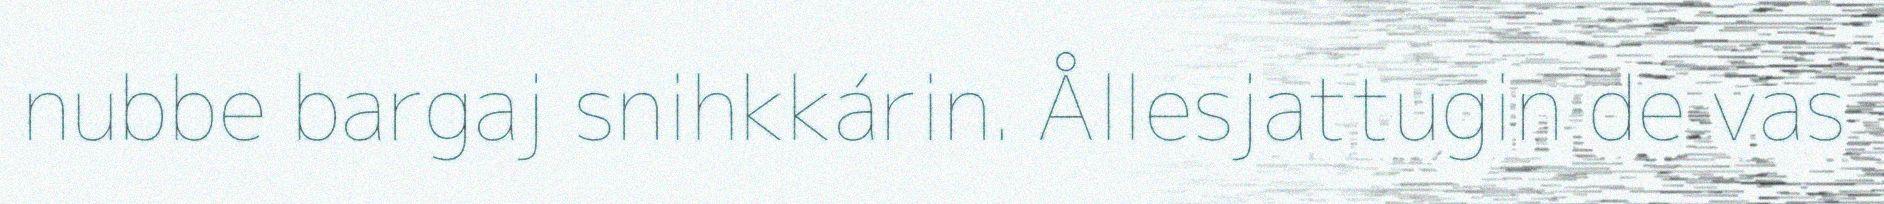
nubbe bargaj snihkkárin. Ållesjattugin de vas